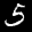
Label: 5